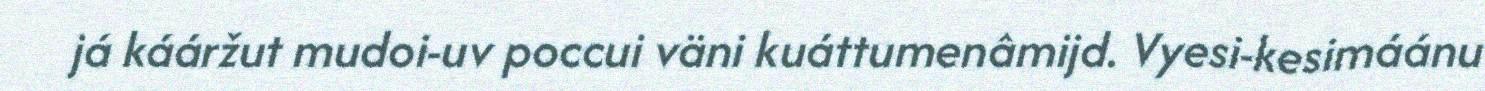
já kááržut mudoi-uv poccui väni kuáttumenâmijd. Vyesi-kesimáánu